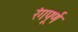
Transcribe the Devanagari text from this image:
रंगपूर्ण